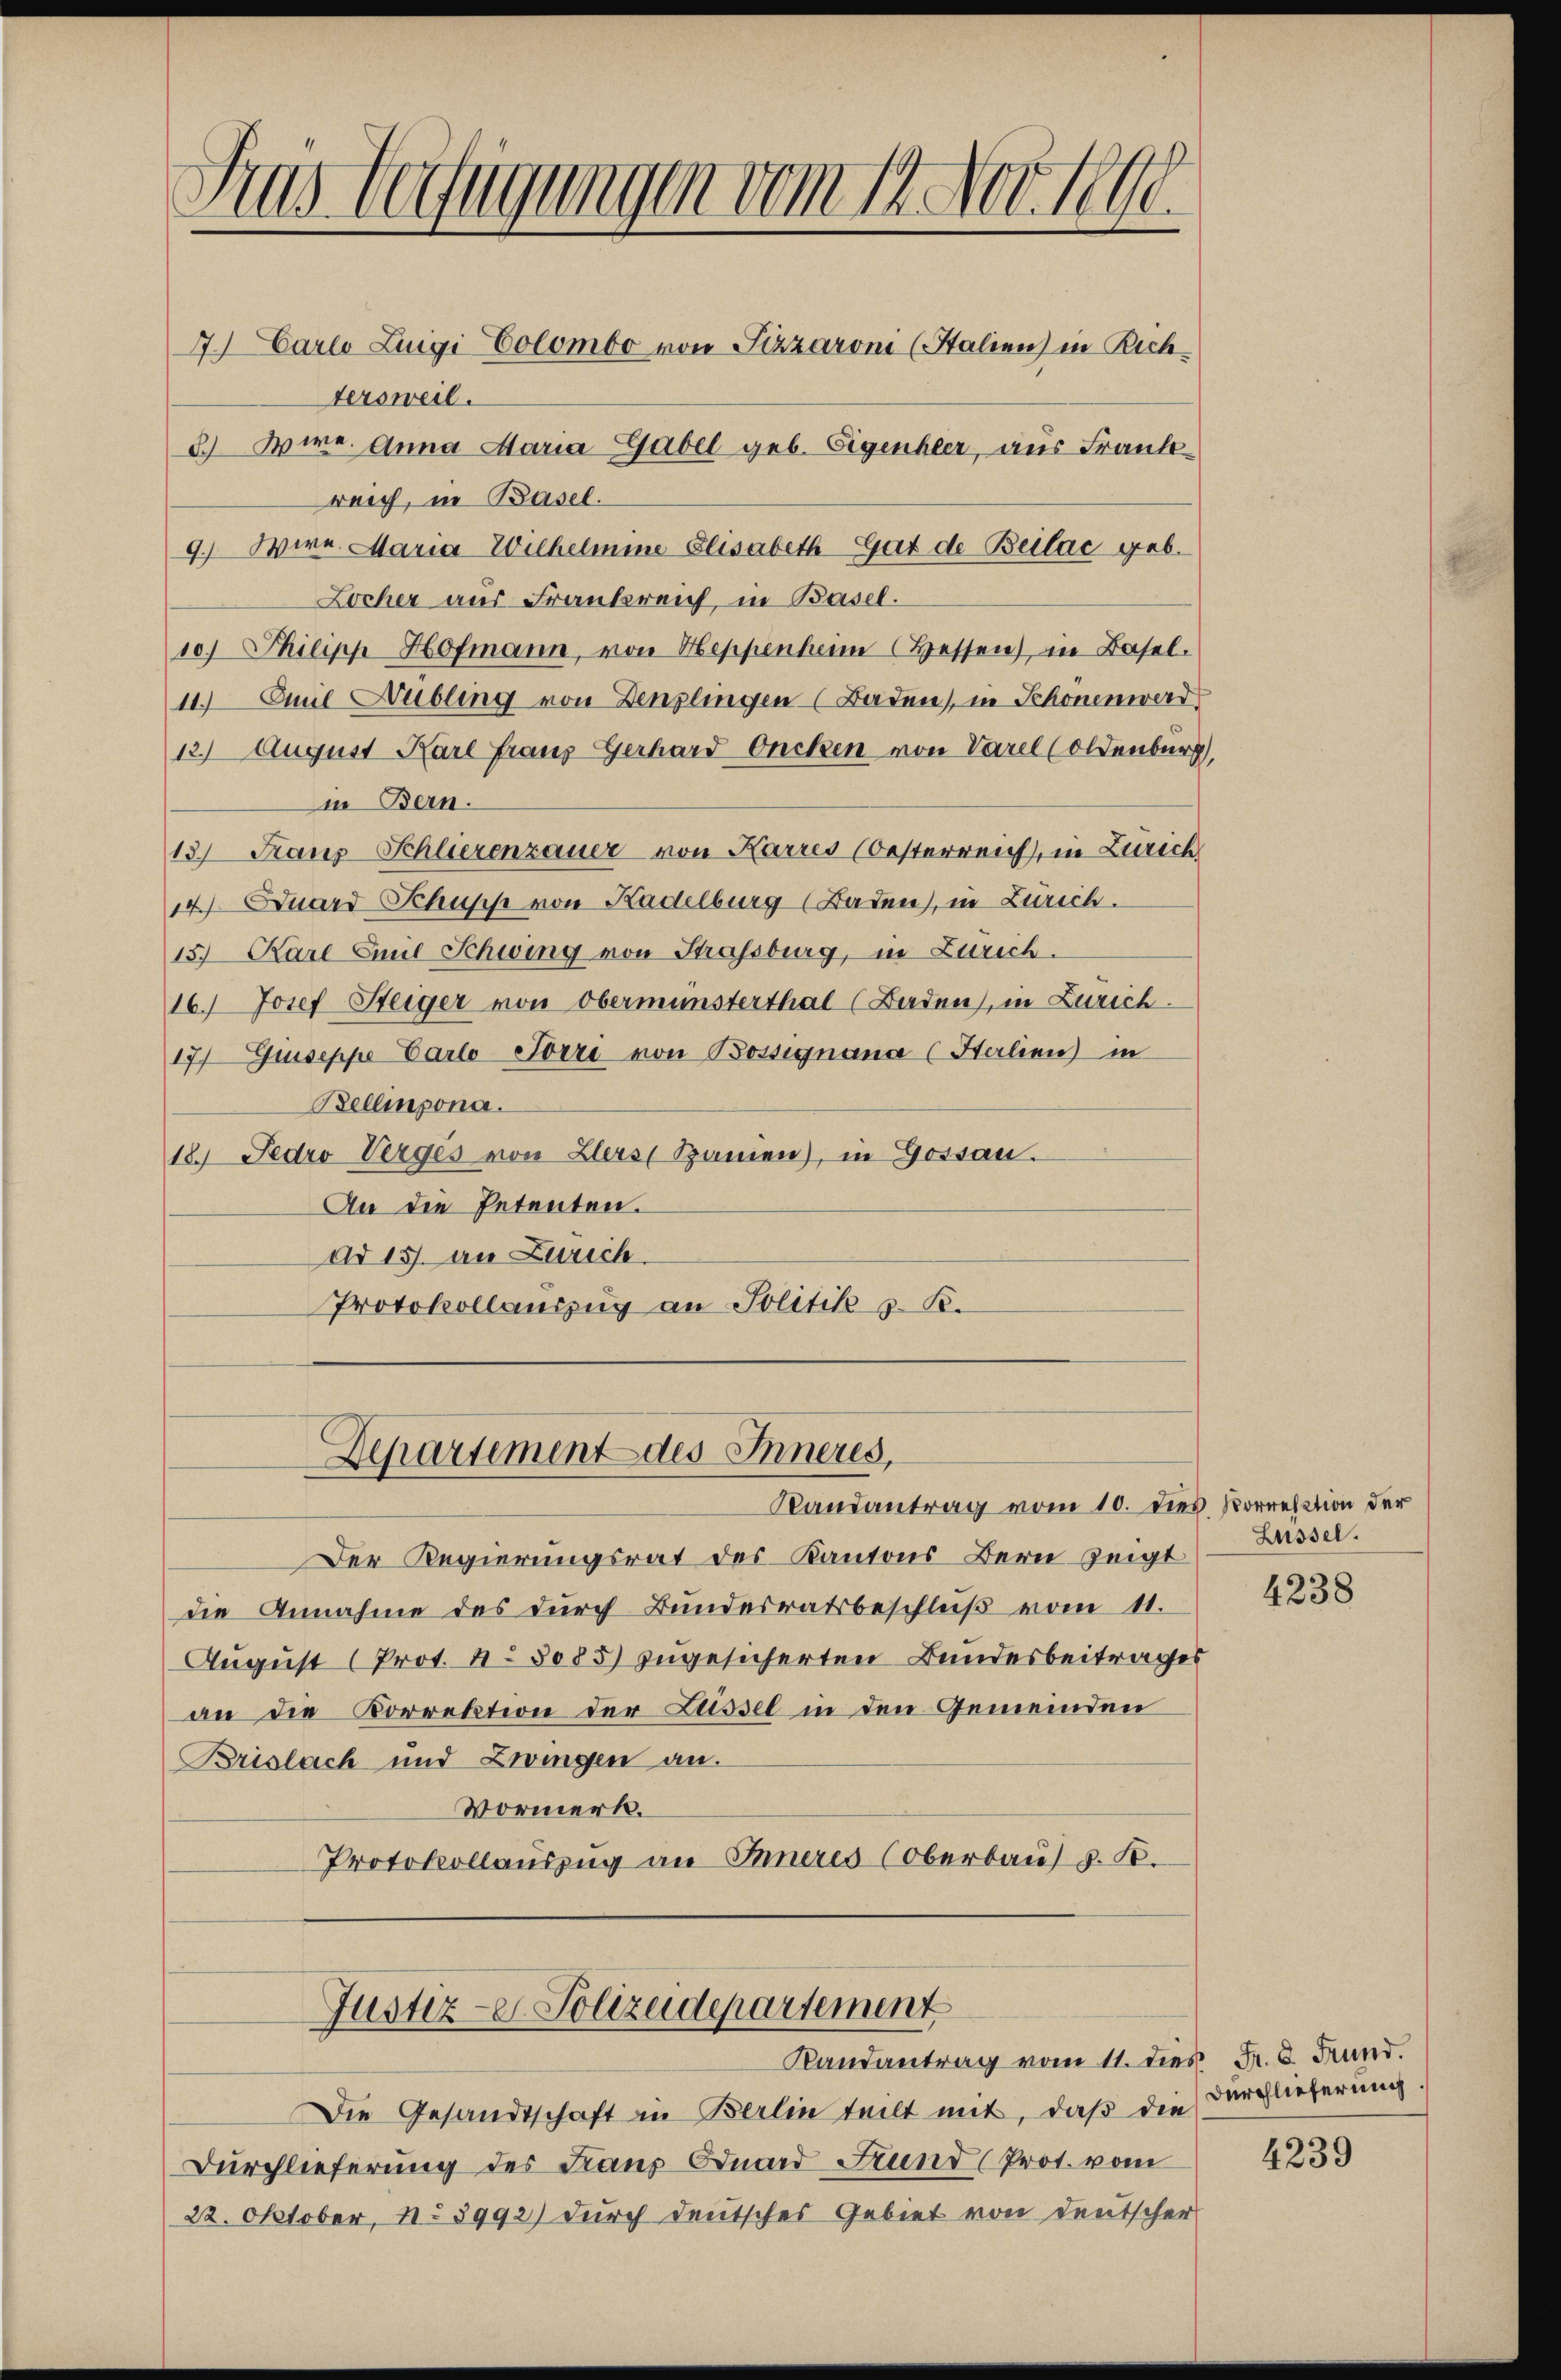
Aras befugungen vom 12. Nov. 1890.
2) Carlo Luigi Colombo von Pizzaroni (Stalien) in Richtersweil.
2.) Wire. Anna Maria Gabel geb. Eigenher, aus Frank

reich, in Basel.
9.) Wire. Maria Wilhelmine Elisabeth-Gut de Beilac geb.
Locher aus Frankreich, in Basel.
10) Philipp Hofmann, von Heppenheim (Hessen, in Basel.
11.) Anil Hübling von Denzlingen (Baden, in Schonenward
12.) August Karl Franz Gerhard Oncken von Varel (Oldenburg,
in Bern.
13) Franz-Schlierenzauer von Karres (Oesterreich, in Zürich
14.) Duard Schuss von Kadelburg (Baden), in Zürich.
157 Karl Emil Schwing von Strassburg, in Zürich.
16.) Josef Steiger von Oberminsterthal (Baden), in Zürich
17 Guiseppe Carlo-Törri von Bossignana (Halien in
Bellipona.
18. Jedro Verges von Zlers Spanien), in Gossau.
An die Petenten.
ad 15. an Zürich.
Protokollauszug an Politik z. B.

Departiment des Inneres,
Randantrag vom 10. dies Korrestion der

Der Regierungsrat des Kantons Bern zeigt
die Annahme des durch Bundesratsbeschluß vom 11.
August (Prot. N. 8085) zugesicherten Bundesbeitrages
an die Korrektion der Lussel in den Gemeinden
Brislach und Zwingen an.
Vormerk.
Protokollauszug an Inneres (Oberbau v. K.

Justiz-V. Polizeidepartement

Randantrag vom 11. dies Fr. 8. Fund.

Die Gesandtschaft in Berlin teilt mit, daß die
Durchlieferung des Franz Eduard Frund (Prot. vom
22. Oktober, No 3992) durch deutsches Gebiet von deutscher

Lüssel.

4238

Durchlieferung.

4239